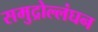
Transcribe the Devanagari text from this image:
समुद्रोल्लंघन